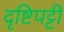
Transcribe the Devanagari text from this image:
दृष्टिपट्टी